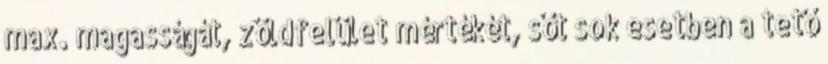
max. magasságát, zöldfelület mértékét, sőt sok esetben a tető